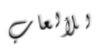
للألعاب